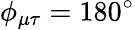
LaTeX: \phi_{\mu\tau}=180^{\circ}